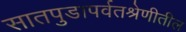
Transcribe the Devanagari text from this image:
सातपुडापर्वतश्रेणीतील